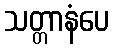
သတ္တာနံပေ